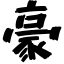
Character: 豪